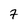
Character: 7